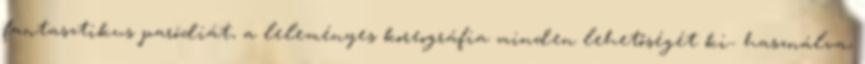
fantasztikus paródiát, a leleményes koreográfia minden lehetőségét ki- használva,